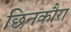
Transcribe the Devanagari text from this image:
छिनकौरा